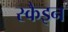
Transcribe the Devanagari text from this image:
स्कैइन